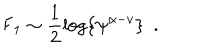
LaTeX: { { \sf F } _ { 1 } } \sim \frac { 1 } { 2 } \log \left\{ { \psi ^ { \alpha - v } } \right\} \, \, \, .